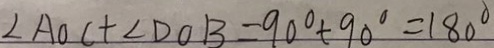
\angle A O C + \angle D O B = 9 0 ^ { \circ } + 9 0 ^ { \circ } = 1 8 0 ^ { \circ }